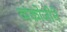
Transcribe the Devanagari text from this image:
व्यंकोजीने